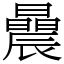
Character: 曟